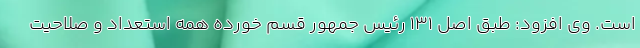
است. وی افزود: طبق اصل 131 رئیس جمهور قسم خورده همه استعداد و صلاحیت